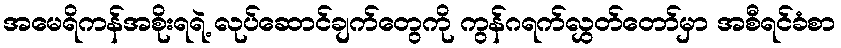
အမေရိကန်အစိုးရရဲ့ လုပ်ဆောင်ချက်တွေကို ကွန်ဂရက်လွှတ်တော်မှာ အစီရင်ခံစာ